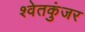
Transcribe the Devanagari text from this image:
श्वेतकुंजर